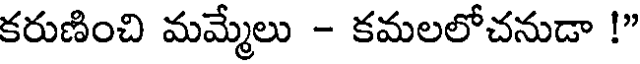
కరుణించి మమ్మేలు - కమలలోచనుడా !"